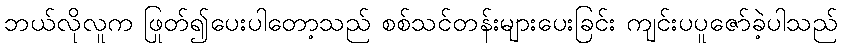
ဘယ်လိုလူက ဖြုတ်၍ပေးပါတော့သည် စစ်သင်တန်းများပေးခြင်း ကျင်းပပူဇော်ခဲ့ပါသည်